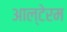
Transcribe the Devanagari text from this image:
आल्टेरम